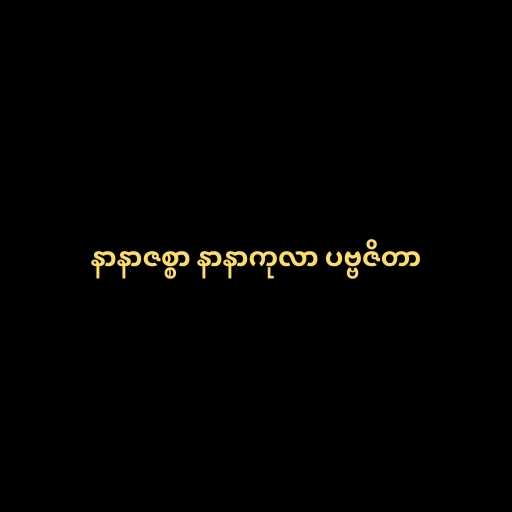
နာနာဇစ္စာ နာနာကုလာ ပဗ္ဗဇိတာ